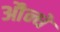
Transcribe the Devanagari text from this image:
औन्धे